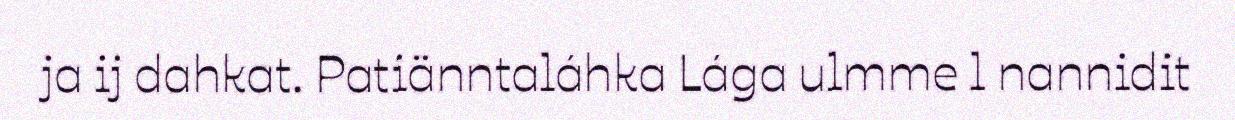
ja ij dahkat. Patiänntaláhka Lága ulmme l nannidit